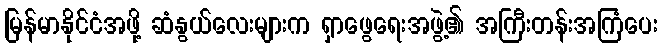
မြန်မာနိုင်ငံအဖို့ ဆံနွယ်လေးများက ရှာဖွေရေးအဖွဲ့၏ အကြီးတန်းအကြံပေး